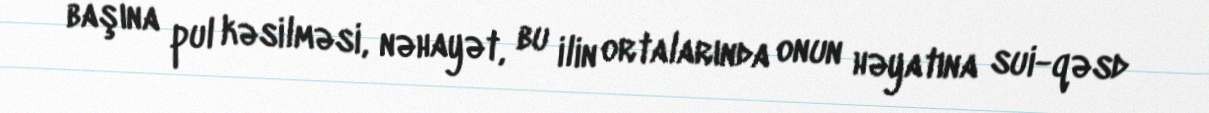
başına pul kəsilməsi, nəhayət, bu ilin ortalarında onun həyatına sui-qəsd